Leaving Certificate Examination (including Day School Certificate (Higher) General paper), 1939
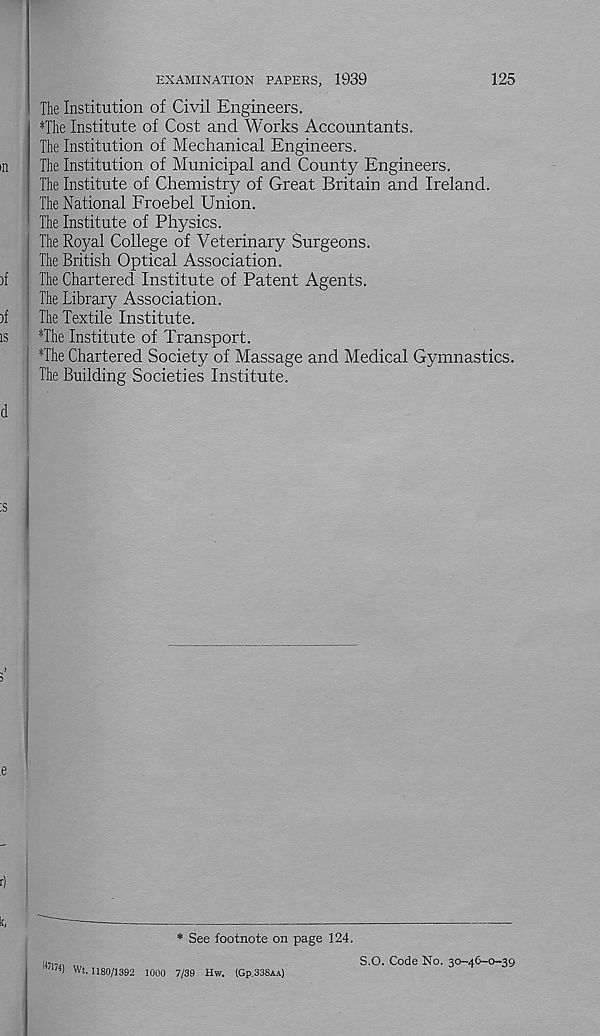
125
EXAMINATION PAPERS, 1939
The Institution of Civil Engineers.
*The Institute of Cost and Works Accountants.
The Institution of Mechanical Engineers.
The Institution of Municipal and County Engineers.
The Institute of Chemistry of Great Britain and Ireland.
The National Froebel Union.
The Institute of Physics.
The Royal College of Veterinary Surgeons.
The British Optical Association.
The Chartered Institute of Patent Agents.
The Library Association.
The Textile Institute.
*The Institute of Transport.
The Chartered Society of Massage and Medical Gymnastics.
The Building Societies Institute.
* See footnote on page 124.
(«174) Wt. 1180/1392 1000 7/39 Hw. (Gp.33SAA)
S.O. Code No. 30-46-0-39